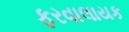
ફરવાલાયક